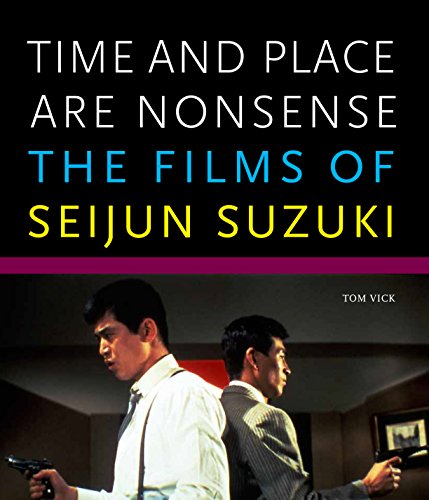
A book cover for Time and Place Are Nonsense: The Films of Seijun Suzuki (Freer Gallery of Art Occasional Papers, New Series); Tom Vick; Humor & Entertainment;